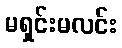
မရှင်းမလင်း